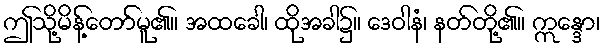
ဤသို့မိန့်တော်မူ၏။ အထခေါ၊ ထိုအခါ၌။ ဒေဝါနံ၊ နတ်တို့၏။ ဣန္ဒော၊